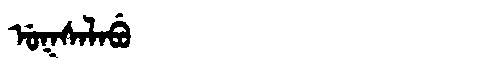
Manchu: ᡠᡴᠰᠠᠯᠠᠪᡠ
Romanization: UKSALABU